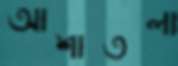
আশাতলা